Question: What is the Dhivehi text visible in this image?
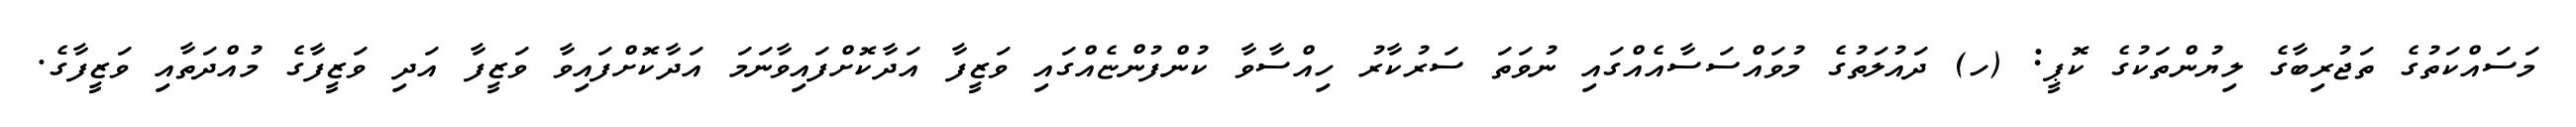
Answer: މަސައްކަތުގެ ތަޖުރިބާގެ ލިޔުންތަކުގެ ކޮޕީ: (ހ) ދައުލަތުގެ މުވައްސަސާއެއްގައި ނުވަތަ ސަރުކާރު ހިއްސާވާ ކުންފުންޏެއްގައި ވަޒީފާ އަދާކޮށްފައިވާނަމަ އަދާކޮށްފައިވާ ވަޒީފާ އަދި ވަޒީފާގެ މުއްދަތާއި ވަޒީފާގެ.